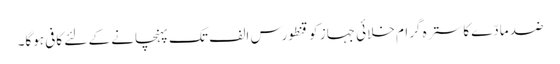
ضد مادّے کا سترہ گرام خلائی جہاز کو قنطورس الف تک پہنچانے کے لئے کافی ہوگا۔